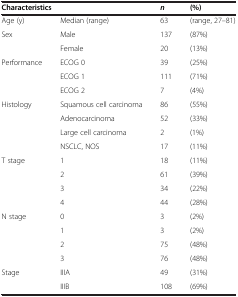
| <COLSPAN=2> Characteristics | n | (%) |
 | --- | --- | --- | --- |
 | Age (y) | Median (range) | 63 | (range, 27–81) |
 | Sex | Male | 137 | (87%) |
 |  | Female | 20 | (13%) |
 | Performance | ECOG 0 | 39 | (25%) |
 |  | ECOG 1 | 111 | (71%) |
 |  | ECOG 2 | 7 | (4%) |
 | Histology | Squamous cell carcinoma | 86 | (55%) |
 |  | Adenocarcinoma | 52 | (33%) |
 |  | Large cell carcinoma | 2 | (1%) |
 |  | NSCLC, NOS | 17 | (11%) |
 | T stage | 1 | 18 | (11%) |
 |  | 2 | 61 | (39%) |
 |  | 3 | 34 | (22%) |
 |  | 4 | 44 | (28%) |
 | N stage | 0 | 3 | (2%) |
 |  | 1 | 3 | (2%) |
 |  | 2 | 75 | (48%) |
 |  | 3 | 76 | (48%) |
 | Stage | IIIA | 49 | (31%) |
 |  | IIIB | 108 | (69%) |